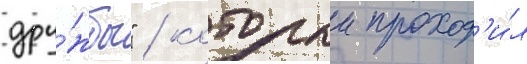
дру́жбы" / которыи проход'и́л